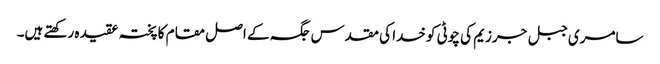
سامری جبل جرزیم کی چوٹی کو خدا کی مقدس جگہ کے اصل مقام کا پختہ عقیدہ رکھتے ہیں۔